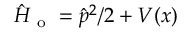
\hat { H } _ { \mathrm { ~ o ~ } } = \hat { p } ^ { 2 } / 2 + V ( x )